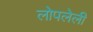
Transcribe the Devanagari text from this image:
लोपलेली